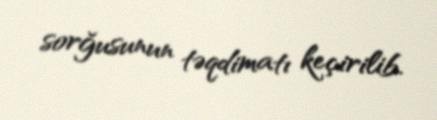
sorğusunun təqdimatı keçirilib.